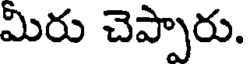
మిరు చెప్పారు.